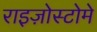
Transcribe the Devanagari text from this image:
राइज़ोस्टोमे